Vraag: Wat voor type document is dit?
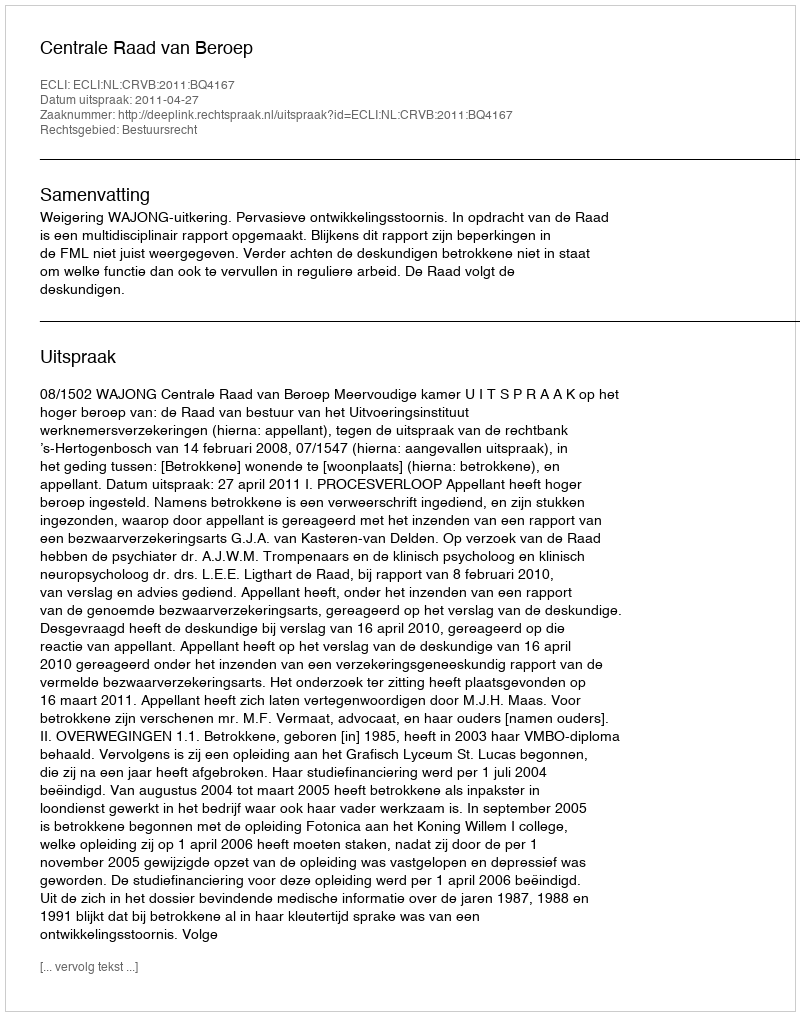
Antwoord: Uitspraak